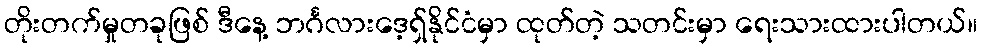
တိုးတက်မှုတခုဖြစ် ဒီနေ့ ဘင်္ဂလားဒေ့ရှ်နိုင်ငံမှာ ထုတ်တဲ့ သတင်းမှာ ရေးသားထားပါတယ်။